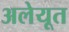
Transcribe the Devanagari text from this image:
अलेयूत